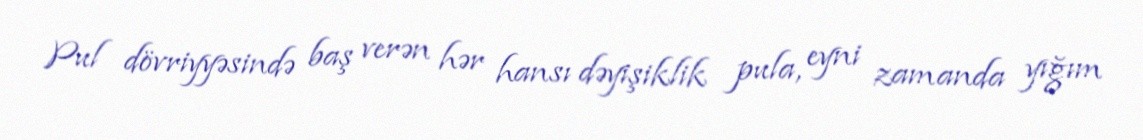
Pul dövriyyəsində baş verən hər hansı dəyişiklik pula, eyni zamanda yığım